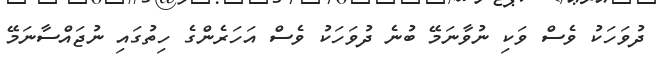
ދުވަހަކު ވެސް ވަކި ނުވާނަމޭ ބުނެ ދުވަހަކު ވެސް އަހަރެންގެ ހިތުގައި ނުޖައްސާނަމޭ